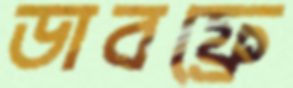
ডাবফ্রে